Vaccination North-Western Provinces and Oudh 1896-1901 - 1896-1901
Year: 1896
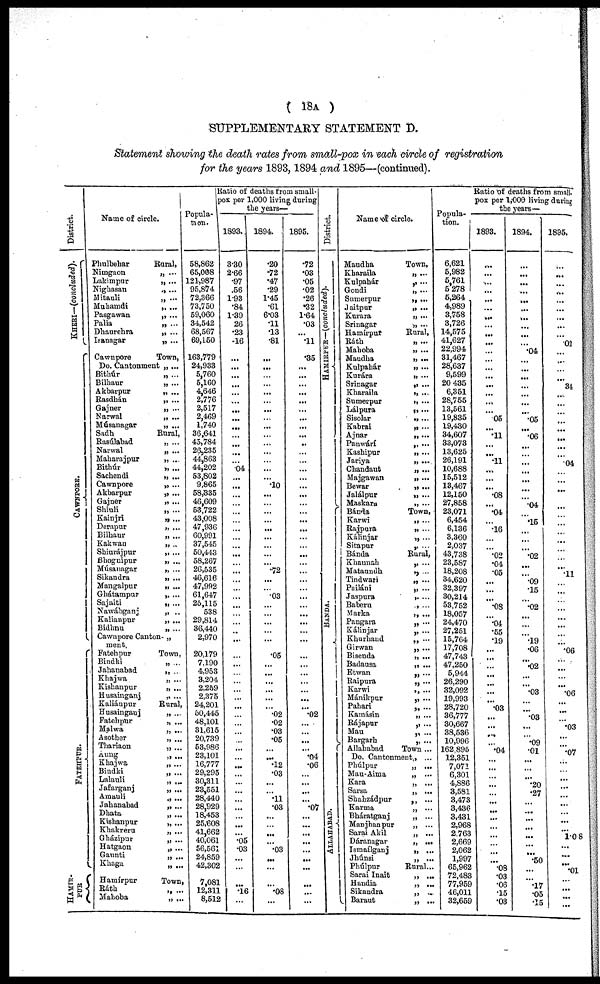
( 18A )
SUPPLEMENTARY STATEMENT D.
Statement showing the death rates from small-pox in each circle of registration
for the years 1893, 1894 and 1895—(continued).
District.
KHERI—(concluded).
CAWNPORE.
FATEHPUR.
HAMIR-
PUR
Name of circle.
Phulbehar
Nimgaon
Lakimpur
Nighasan
Mitauli
Muhamdi
Pasgawan
Palia
Dhaurehra
Isanagar
Cawnpore
Do. Cantonment
Bithúr
Bilhaur
Akbarpur
Rasdhán
Gajner
Narwal
Músanagar
Sadh
Rasúlabad
Narwal
Maharajpur
Bithúr
Sachendi
Cawnpore
Akbarpur
Gajner
Shiuli
Kainjri
Derapur
Bilhaur
Kakwan
Shiurájpur
Bhognipur
Músanagar
Sikandra
Mangalpur
Ghátampur
Sajaiti
Nawábganj
Kalianpur
Bidhnu
Cawnpore Canton-
ment.
Fatehpur
Bindki
Jahanabad
Khajwa
Kishanpur
Husainganj
Kaliánpur
Husainganj
Fatehpur
Malwa
Asother
Thariaon
Aung
Khajwa
Bindki
Lalauli
Jafarganj
Amauli
Jahanabad
Dhata
Kishanpur
Khakreru
Gházipur
Hatgaon
Gaunti
Khaga
Hamírpur
Ráth
Mahoba
Rural,
„ ...
„ ...
„ ...
„ ...
„ ...
„ ...
„ ...
„ ...
„ ...
Town,
„ ...
„ ...
„ ...
„ ...
„ ...
„ ...
„ ...
„ ...
Rural,
„ ...
„ ...
„ ...
„ ...
„ ...
„ ...
„ ...
„ ...
„ ...
„ ...
„ ...
„ ...
„ ...
„ ...
„ ...
„ ...
„ ...
„ ...
,. ...
„ ...
„ ..
„ ...
„ ...
„
Town,
„ ...
„ ...
„ ...
„ ...
„ ...
Rural,
„ ...
„ ...
„ ...
„ ...
„ ...
„ ...
„ ...
„ ...
„ ...
„ ...
„ ...
„ ...
„ ...
„ ...
„ ...
„ ...
„ ...
„ ...
„ ...
Town,
„ ...
„ ...
Popula-
tion.
58,862
65,008
121,987
95,874
72,366
73,750
59,060
34,542
68,567
69,150
163,779
24,933
5,760
5,160
4,646
2,776
2,517
2,469
1,740
36,641
45,784
26,235
44,863
44,202
53,802
9,865
58,335
46,609
53,722
43,008
47,936
60,991
37,545
50,443
58,267
26,535
46,616
47,992
61,647
25,115
538
29,814
36,440
2,970
20,179
7,190
4,953
3,204
2,259
2,375
24,201
50,445
48,101
31,615
20,739
53,986
23,101
16,777
29,295
30,311
23,551
28,440
28,929
18,453
25,608
41,662
40,061
56,561
24,859
42,302
7,081
12,311
8,512
Ratio of deaths from small-
pox per 1,000 living during
the years—
1893.
3.30
2.66
.97
.56
1.93
.84
1.39
26
.23
.16
...
...
...
...
...
...
...
...
...
...
...
...
...
.04
...
...
...
...
...
...
...
...
...
...
...
...
...
...
...
...
...
...
...
...
...
...
...
...
...
...
...
...
...
...
...
...
...
...
...
...
...
...
...
...
...
...
.05
.03
...
...
...
.16
...
1894.
.20
.72
.47
.29
1.45
.61
6.03
.11
.13
.81
...
...
...
...
...
... ...
...
...
...
...
...
...
...
...
.10
...
...
...
...
...
...
...
...
...
.72
...
...
.03
...
...
...
...
...
.05
...
...
...
...
...
...
.02
.02
.03
.05
...
... .12
.03
...
...
.11
.03
...
...
...
...
.03
...
...
...
.08
...
1895.
.72
.03
.05
.02
.26
.32
1.64
.03
...
.11
.35
...
...
...
...
...
...
...
...
...
...
...
...
...
...
...
...
...
...
...
...
...
...
...
...
...
...
...
...
...
...
...
...
...
...
...
...
...
...
...
...
.02
...
...
...
...
.04
.06
...
...
...
...
.07
...
...
... ...
...
...
...
...
...
...
District.
HAMIRPUR—(concluded).
BANDA.
ALLAHABAD.
Name of circle.
Maudha
Kharaila
Kulpahár
Gondi
Sumerpur
Jaitpur
Kurara
Srinagar
Hamírput
Ráth
Mahoba
Maudha
Kulpahár
Kurára
Srinagar
Kharaila
Sumerpur
Lálpura
Sisolar
Kabrai
Ajnar
Panwárí
Kashipur
Jariya
Chandaut
Majgawan
Bewar
Jalálpur
Maskara
Bánda
Karwi
Rajpura
Kálinjar
Sitapur
Bánda
Khaunah
Mataundh
Tindwari
Pailáni
Jaspnra
Bahern
Marka
Pangara
Kálinjar
Khurhand
Girwan
Bisenda
Badausa
Etwan
Raipura
Karwi
Mánikpur
Pahari
Kamásin
Rájapur
Mau
Bargarh
Allahabad
Do. Cantonment
Phúlpur
Mau-Aima
Kara
Sarsa
Shahzádpur
Karma
Bháratganj
Manjhanpur
Sarai Akil
Dáranagar
Ismaílganj
Jhúnsi
Phúlpur
Sarai Inait
Handia
Sikandra
Baraut
Town,
„ ...
„ ...
„ ...
„ ...
„ ...
„ ...
„ ...
Rural,
„ ...
„ ...
„ ...
„ ...
„ ...
„ ...
„ ...
„ ...
„ ...
„ ...
„ ...
„ ...
„ ...
„ ...
„ ...
„ ...
„ ...
„ ...
„ ...
Town,
„ ...
„ ...
„ ...
„ ...
Rural,
„ ...
„ ...
„ ...
„ ...
„ ...
„ ...
„ ...
„ ...
„ ...
„ ...
„ ...
„ ...
„ ...
„ ...
„ ...
„ ...
„ ...
„ ...
„ ...
„ ...
„ ...
„ ...
Town ...
„ ...
„ ...
„ ...
„ ...
„ ...
„
...
„ ...
„ ...
„ ...
„ ...
„
...
„ ...
„ ...
Rural...
„ ...
„ ...
„ ...
„ ...
Popula-
tion.
6,621
5,982
5,761
5,278
5,264
4,989
3,758
3,726
14,575
41,627
22,994
31,467
28,637
9,599
20,435
6,351
28,755
13,561
19,835
19,430
34,607
33,073
13,625
26,191
10,688
15,512
13,467
12,150
27,858
23,071
6,454
6,136
3,360
2,037
43,738
23,587
18,208
34,620
32,397
30,214
53,752
18,057
24,470
27,251
15,764
17,708
47,743
47,250
5,944
26,290
32,092
19,993
28,720
36,777
30,667
38,536
10,996
162 895
12,351
7,071
6,301
4,886
3,581
3,473
3,436
3,431
2,968
2,763
2,669
2,062
1,997
65,962
72,483
77,959
46,011
32,659
Ratio of deaths from small-
pox per 1,000 living during
the years—
1893.
...
...
...
...
...
...
...
...
...
...
...
...
...
...
...
...
...
...
.05
...
.11
...
...
.11
...
...
...
.08
...
.04
...
.16
...
...
.02
.04
.05
...
...
...
.08
...
.04
.55
.19 ...
...
...
...
...
...
...
.03
...
...
...
...
.04
...
...
...
...
...
...
...
...
...
...
...
...
...
.08
.03
.06
.15
.03
1894.
...
...
...
...
...
...
...
...
...
...
.04
...
...
...
...
...
...
...
.05
...
.06
...
...
...
...
...
...
...
.04
...
.15
...
...
...
.02
...
...
.09
.15
...
.02
...
... ...
.19
.06 ...
.02
...
...
.03
...
...
.03
...
...
.09
.01
...
...
...
.20
.27 ...
...
...
...
... ...
...
.50
...
...
.17
.05
.15
1895.
...
...
...
...
...
...
...
...
...
.02
...
...
...
...
34
...
...
...
...
...
...
...
...
.04
...
...
...
...
...
...
...
...
...
...
...
...
.11
...
...
...
...
...
...
...
...
.06
...
...
...
...
...
.06
...
...
.03 ...
...
.07
...
...
...
...
...
...
... l.08
...
...
.01
... ...
...
...